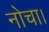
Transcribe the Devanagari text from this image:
नोचा।